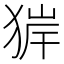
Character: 𤟉